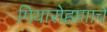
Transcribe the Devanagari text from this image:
गियारोहणाचे